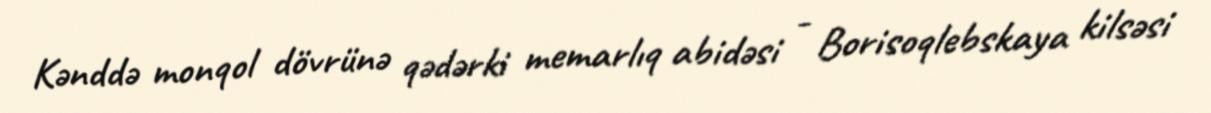
Kənddə monqol dövrünə qədərki memarlıq abidəsi - Borisoqlebskaya kilsəsi